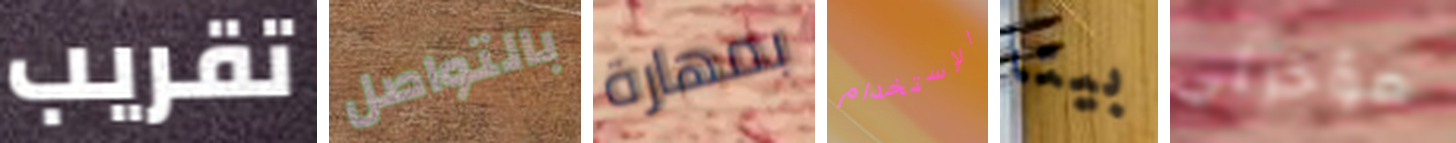
تقريب بالتواصل بمهارة الإستخدام بيتا مؤخرتي